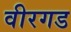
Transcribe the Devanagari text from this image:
वीरगड